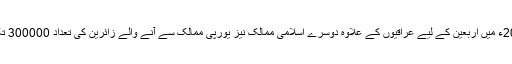
عراق کی وزارت داخلہ کے اعداد و شمار سے معلوم ہوتا ہے کہ 2013ء میں اربعین کے لیے عراقیوں کے علاوہ دوسرے اسلامی ممالک نیز یورپی ممالک سے آنے والے زائرین کی تعداد 300000 تک پہنچی تاکہ وہ بھی امام حسین علیہ السلام کے ساتھ تجدید عہد کریں۔